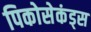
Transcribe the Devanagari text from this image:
पिकोसेकंड्स